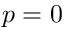
p = 0